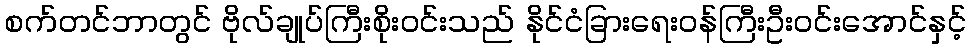
စက်တင်ဘာတွင် ဗိုလ်ချုပ်ကြီးစိုးဝင်းသည် နိုင်ငံခြားရေးဝန်ကြီးဦးဝင်းအောင်နှင့်